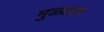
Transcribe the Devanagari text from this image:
मुळ्याला